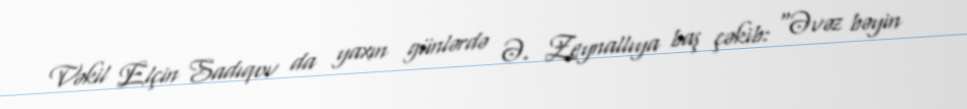
Vəkil Elçin Sadıqov da yaxın günlərdə Ə. Zeynallıya baş çəkib: “Əvəz bəyin